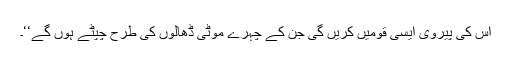
اس کی پیروی ایسی قومیں کریں گی جن کے چہرے موٹی ڈھالوں کی طرح چپٹے ہوں گے‘‘۔